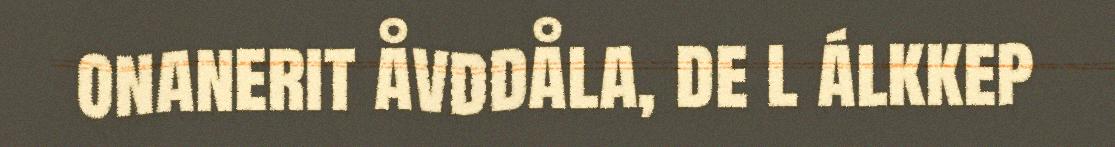
onanerit åvddåla, de l álkkep